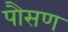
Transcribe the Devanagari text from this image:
पौसण